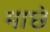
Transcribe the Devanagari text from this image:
माछे